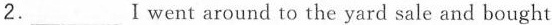
2.___Iwent around to the yard sale and bought